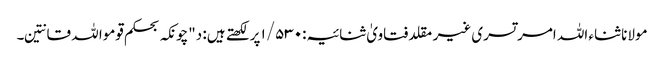
مولانا ثناء اللہ امرتسری غیر مقلد فتاویٰ ثنائیہ:۱/۵۳۰ پر لکھتے ہیں: د"چونکہ بحکم قوموا للہ قانتین۔